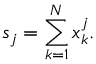
s _ { j } = \sum _ { k = 1 } ^ { N } { x _ { k } ^ { j } } .